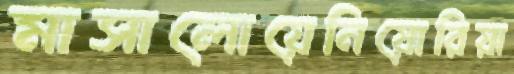
মাসালোয়েনিয়োরিয়া